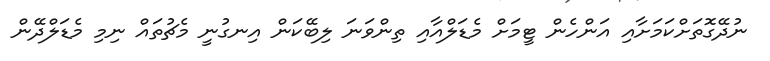
ނުދޭގޮތަށްކަމަށާއި އަންހެން ޓީމަށް މެޑަލްއާއި ތިންވަނަ ލިބޭކަން އިނގުނީ މެޗުތައް ނިމި މެޑަލްދޭން